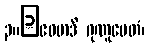
၃။	ဧဝမာဒိ ဂုဏူပေတံ၊